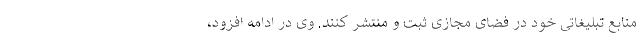
منابع تبلیغاتی خود در فضای مجازی ثبت و منتشر کنند. وی در ادامه افزود،